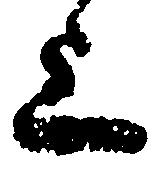
上